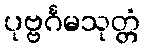
ပုဗ္ဗင်္ဂမသုတ္တံ